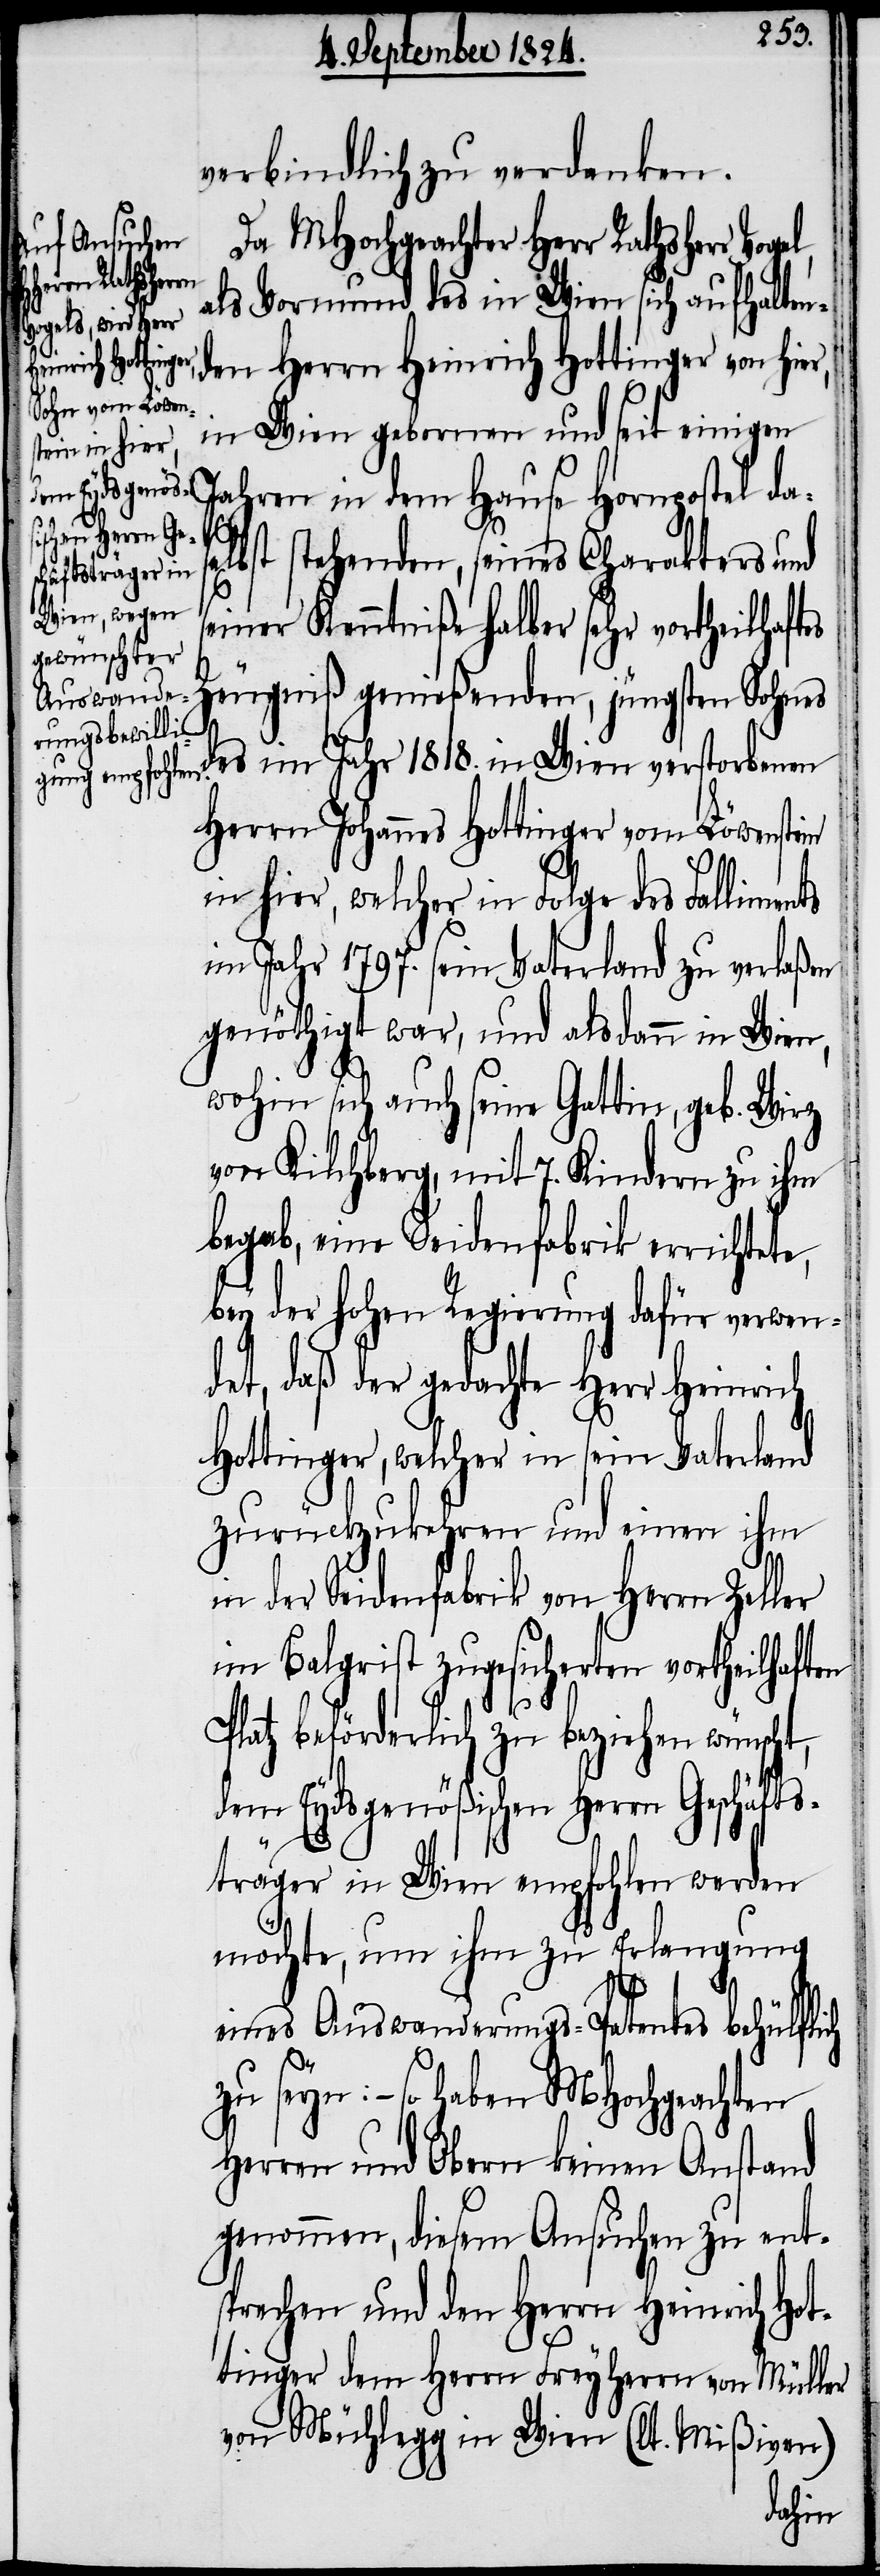
dem Eydsgenöß¬
ischen Herrn Ge¬

verbindlich zu verdanken.
Da MHochgeachter Herr Rathsherr
als Vormund des in Wien sich aufhalten¬
den Herrn Heinrich Hottinger von hie¬
in Wien gebornen und seit einigen
Jahren in dem Hause Hornpostel das¬
ich
elbst stehenden, seines Charakters und
seiner Kenntniße halber sehr vortheilhaftes
Zeugniß genießenden, jüngsten Sohnes
des im Jahr 1818. in Wien verstorbenen
Herrn Johannes Hottinger vom Löwenstein
in hier, welcher in Folge des Falliments
im Jahr 1797. sein Vaterland zu verlaßen
genöthigt war, und alsdann in Wien,
wohin sich auch seine Gattin, geb. Wirz
von Kilchberg, mit 7. Kindern zu ihm
begab, eine Seidenfabrik errichtete,
bey der hohen Regierung dafür verwen¬
det, daß der gedachte Herr Heinrich
Hottinger, welcher in sein Vaterland
zurückzukehren und einen ihm
in der Seidenfabrik von Herrn Zeller
im Balgrist zugesicherten vortheilhaften
Platz beförderlich zu beziehen wünscht,
sträger in Wien empfohlen werden
möchte, um ihm zu Erlangung
eines Auswanderungs-Patentes behülfl¬
zu seyn: – so haben MHochgeachten
Herren und Obern keinen Anstand
genommen, diesem Ansuchen zu ent¬
sprechen und den Herrn Heinrich Hot¬
tinger dem Herrn Freyherrn von Müller
von Mühlegg in Wien (lt. Mißiven)